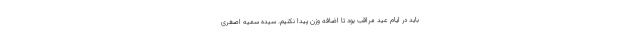
باید در ایام عید مراقب بود تا اضافه وزن پیدا نکنیم. سیده سمیه اصغری